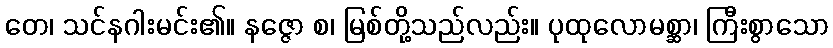
တေ၊ သင်နဂါးမင်း၏။ နဇ္ဇော စ၊ မြစ်တို့သည်လည်း။ ပုထုလောမစ္ဆာ၊ ကြီးစွာသော